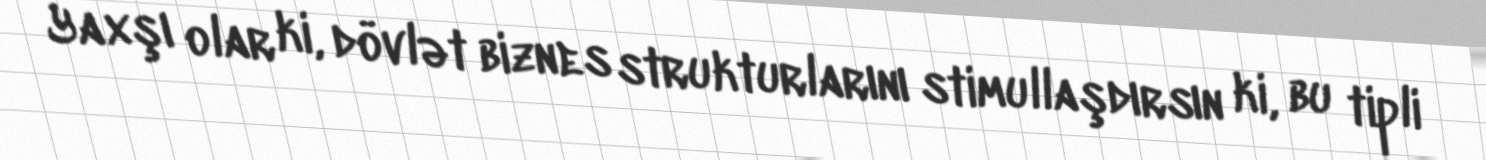
Yaxşı olar ki, dövlət biznes strukturlarını stimullaşdırsın ki, bu tipli